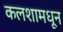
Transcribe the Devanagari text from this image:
कलशामधून